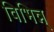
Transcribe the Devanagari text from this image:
विभिन्न्